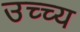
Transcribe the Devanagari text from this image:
उच्च्य